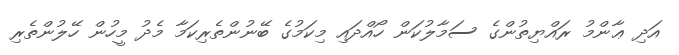
އަދި ޢާންމު ރައްޔިތުންގެ ސަމާލުކަން ހޯއްދައި މިކަމުގެ ބޭނުންތެރިކަމާ މެދު މީހުން ހޭލުންތެރި